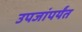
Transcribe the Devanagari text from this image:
उपजांपर्यंत